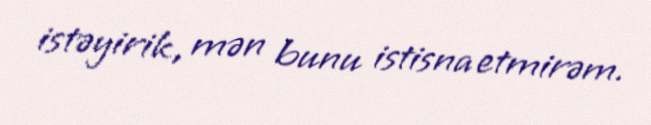
istəyirik, mən bunu istisna etmirəm.